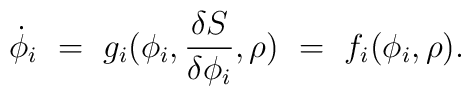
\dot{\phi}_i~=~g_i(\phi_i, {\delta S \over \delta \phi_i}, \rho)~=~f_i(\phi_i,\rho).